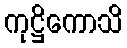
ကုဋ္ဌိကောသိ